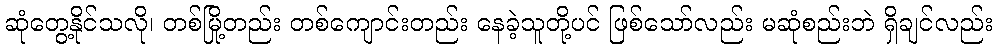
ဆုံတွေ့နိုင်သလို၊ တစ်မြို့တည်း တစ်ကျောင်းတည်း နေခဲ့သူတို့ပင် ဖြစ်သော်လည်း မဆုံစည်းဘဲ ရှိချင်လည်း